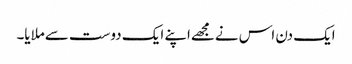
ایک دن اس نےمجھےاپنے ایک دوست سےملایا۔